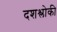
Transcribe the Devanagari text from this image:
दशश्लोकी